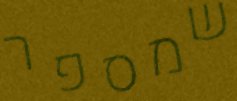
שמספר